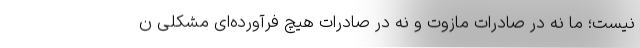
نیست؛ ما نه در صادرات مازوت و نه در صادرات هیچ فرآورده‌ای مشکلی ن